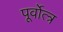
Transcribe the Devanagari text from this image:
पूर्वोत्त्र